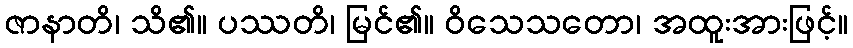
ဇာနာတိ၊ သိ၏။ ပဿတိ၊ မြင်၏။ ဝိသေသတော၊ အထူးအားဖြင့်။